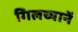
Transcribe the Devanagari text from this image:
गिलच्यानें